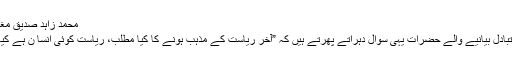
محمد زاہد صدیق مغل
متبادل بیانیے والے حضرات یہی سوال دہراتے پھرتے ہیں کہ ”آخر ریاست کے مذہب ہونے کا کیا مطلب، ریاست کوئی انسا ن ہے کیا؟